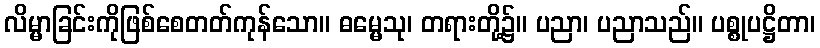
လိမ္မာခြင်းကိုဖြစ်စေတတ်ကုန်သော။ ဓမ္မေသု၊ တရားတို့၌။ ပညာ၊ ပညာသည်။ ပစ္စုပဋ္ဌိတာ၊